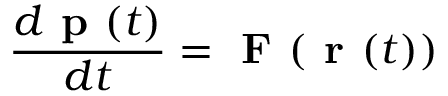
\frac { d \textbf { p } ( t ) } { d t } = \textbf { F } ( \textbf { r } ( t ) )